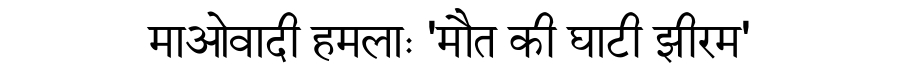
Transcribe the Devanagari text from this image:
माओवादी हमलाः 'मौत की घाटी झीरम'